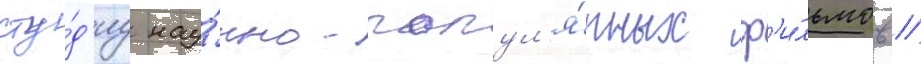
сту́д'иу нау́чно-попул'я́рных ф'и́льмов //